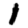
Digit: 1